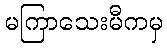
မကြာသေးမီကမှ